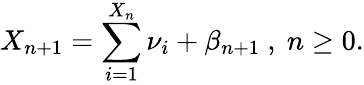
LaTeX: X_{n+1}=\sum_{i=1}^{X_{n}}\nu_{i}+\beta_{n+1}\mathrm{~,~}n\geq 0.